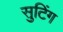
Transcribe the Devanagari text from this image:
सुटिंग